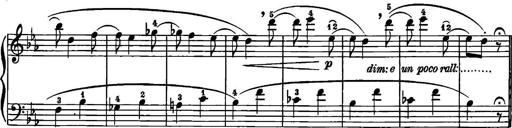
Title: 12 Sonatinas
Composer: Ignaz Pleyel